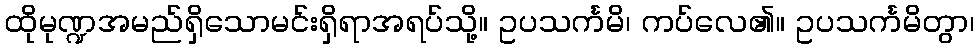
ထိုမုဏ္ဍအမည်ရှိသောမင်းရှိရာအရပ်သို့။ ဥပသင်္ကမိ၊ ကပ်လေ၏။ ဥပသင်္ကမိတွာ၊